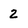
Character: 2